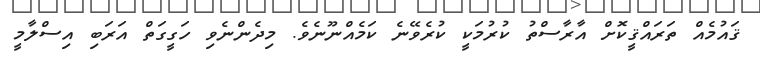
ޤައުމެއް ތަރައްޤީކޮށް އާރާސްތު ކުރުމަކީ ކުރެވޭނެ ކަމެއްނޫނެވެ. މިދެންނެވި ހަގީގަތް އަރަބި އިސްލާމީ